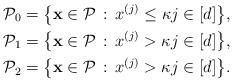
LaTeX: \begin{align*} \mathcal{P}_0 &= \big\{ \mathbf{x} \in \mathcal{P} \,:\, x^{(j)} \le \kappa j \in [d] \big\}, \\ \mathcal{P}_1 &= \big\{ \mathbf{x} \in \mathcal{P} \,:\, x^{(j)} > \kappa j \in [d] \big\},\\ \mathcal{P}_2 &= \big\{ \mathbf{x} \in \mathcal{P} \,:\, x^{(j)} > \kappa j \in [d] \big\}.\end{align*}